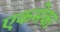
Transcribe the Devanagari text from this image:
एकमेका